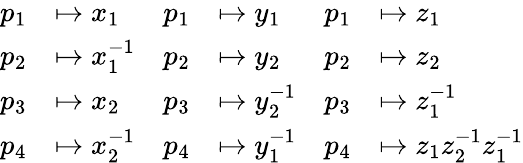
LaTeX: \begin{array}{rlrlrl}{p_{1}}&{\mapsto x_{1}}&{p_{1}}&{\mapsto y_{1}}&{p_{1}}&{\mapsto z_{1}}\\ {p_{2}}&{\mapsto x_{1}^{-1}}&{p_{2}}&{\mapsto y_{2}}&{p_{2}}&{\mapsto z_{2}}\\ {p_{3}}&{\mapsto x_{2}}&{p_{3}}&{\mapsto y_{2}^{-1}}&{p_{3}}&{\mapsto z_{1}^{-1}}\\ {p_{4}}&{\mapsto x_{2}^{-1}}&{p_{4}}&{\mapsto y_{1}^{-1}}&{p_{4}}&{\mapsto z_{1}z_{2}^{-1}z_{1}^{-1}}\end{array}